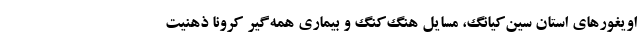
اویغورهای استان سین‌کیانگ، مسایل هنگ‌کنگ‌ و بیماری همه‌گیر کرونا ذهنیت